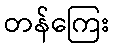
တန်ကြေး